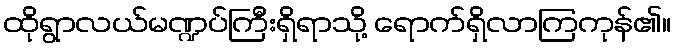
ထိုရွာလယ်မဏ္ဍပ်ကြီးရှိရာသို့ ရောက်ရှိလာကြကုန်၏။